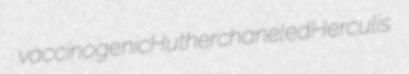
vaccinogenic Huther chaneled Herculis